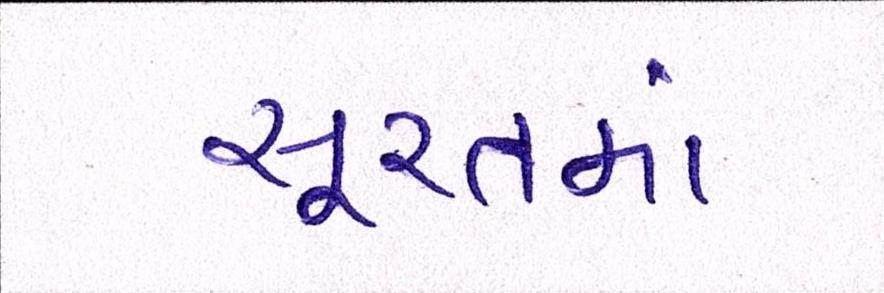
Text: સૂરતમાં